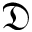
\mathfrak { D }